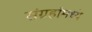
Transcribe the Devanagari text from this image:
संग्रहांमध्ये